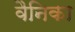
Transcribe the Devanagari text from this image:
वैनिका